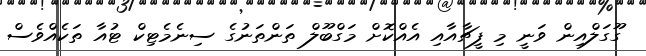
ގޫގަލްއިން ވަނީ މި ފީޗާއާއި އެއްކޮށް މަގްބޫލް ތަންތަނުގެ ސިނެމެޓިކް ޓުއާ ތަކެއްވެސް